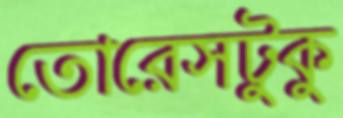
তোরেসটুকু